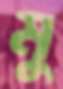
মু